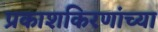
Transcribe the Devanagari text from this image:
प्रकाशकिरणांच्या